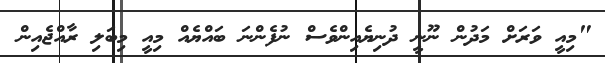
"މިއީ ވަރަށް މަދުން ނޫނީ ދުނިޔެއިންވެސް ނުފެންނަ ބައްޔެއް މިއީ މިބަލި ރާއްޖެއިން